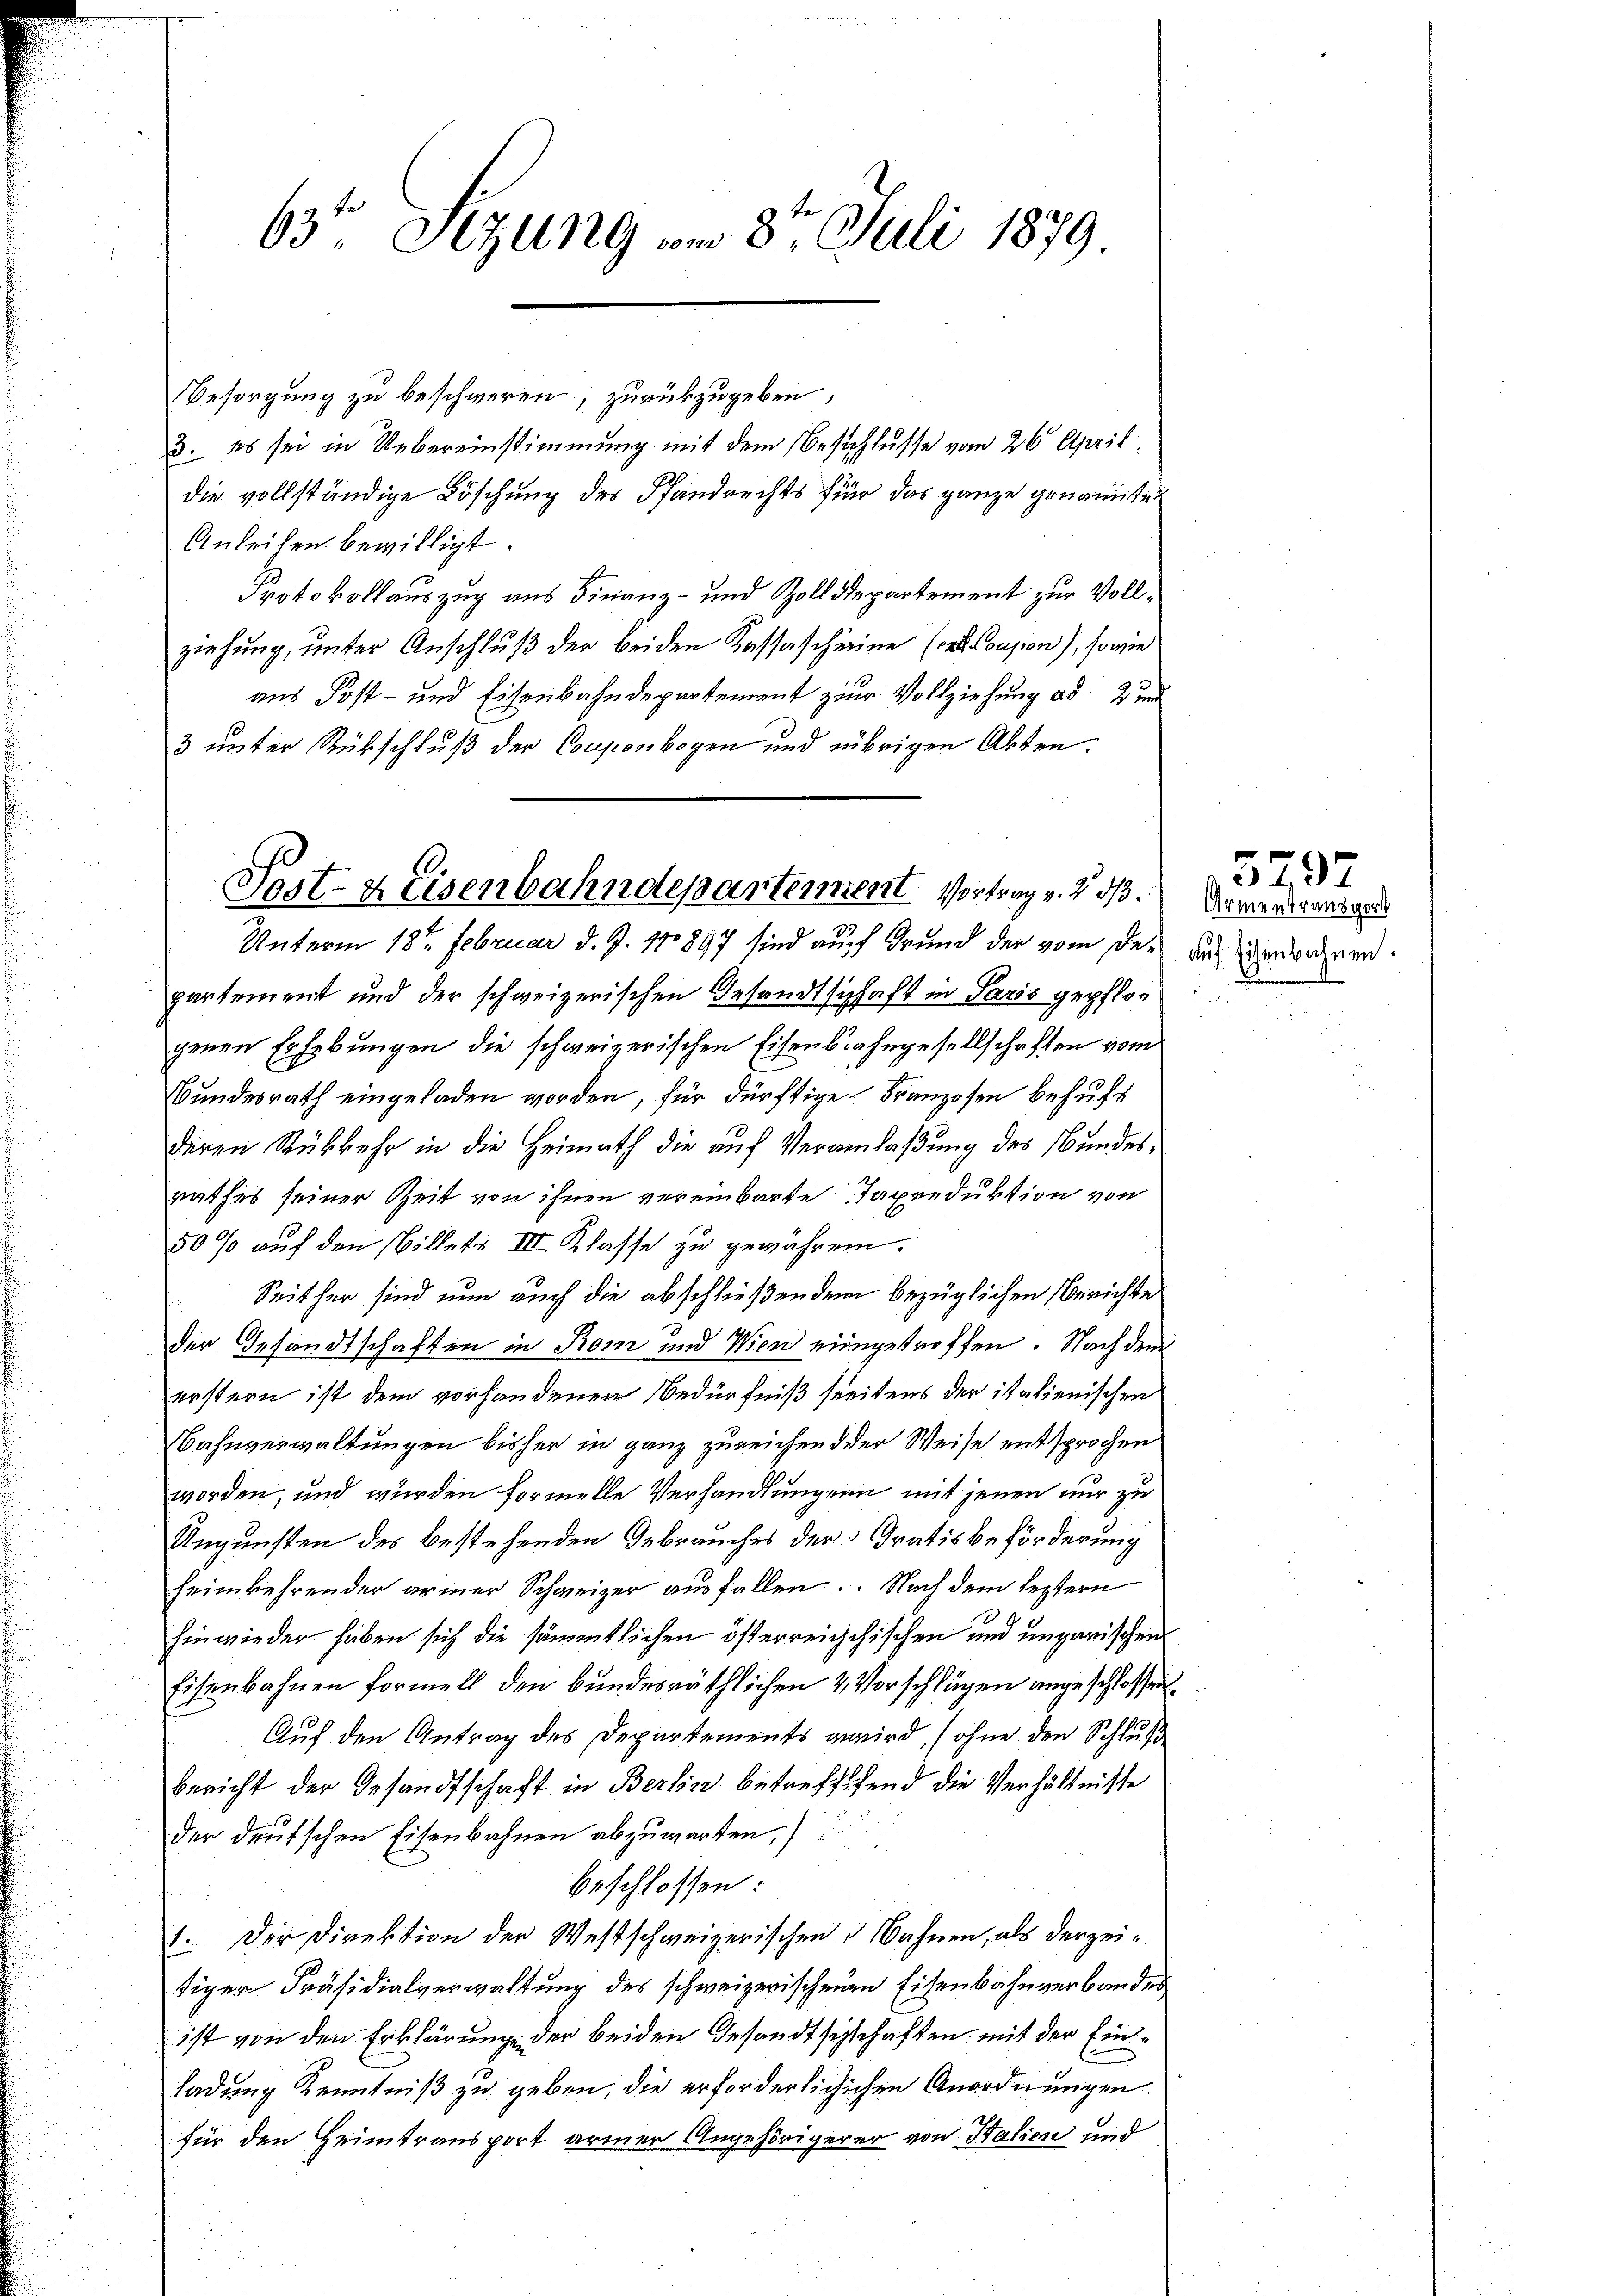
63t Setzung vom 8ten Juli 1879

3. es sei in Uebereinstimmung mit dem Beschlusse vom 26. April
die vollständige Löschung des Pfandrechts für das ganze genannten
Anleihen bewilligt.
Protokollauszug aus Finanz- und Zolldepartement zur Vollziehung, unter Anschluß der beiden Kassascheine (in Cousion), sowie
aus Post- und Eisenbahndepartement zur Vollziehung ad 2 und
3 unter Rückschluß der Couponbogen und übrigen Akten.

Besorgung zu beschweren, zurükzugeben,

Post-Keisenbahndepartement Vortrag v. 2. ds.
Unterm 18ten Februar d. J. 170897 sind auf Grund der vom der aus verwehren

genen Erhebungen die schweizerischen Eisenbahngesellschaften vom
Bundesrath eingeladen worden, für dürftige Franzosen behufs
deren Rükkehr in die Heimath die auf Veranlaßung des Bundesrathes seiner Zeit von ihnen vereinbarte Taxreduktion von
50% auf den Billets III Klasse zu gewähren.
Seither sind nun auch die abschließendem bezüglichen Berichte
der Gesandtschaften in Rom und Wien eingetroffen. Nach dem
erstern ist dem vorhandenen Bedürfniß seitens der italienischen
Bahnverwaltungen bisher in ganz zureichend der Weise entsprochen
worden, und wurden formelle Verhandlungen mit jenen nur zu
Ungunsten des bestehenden Gebrauches der Gratis beförderung
heimkehrender armer Schweizer ausfallen. Nach dem leztern
hinwieder haben sich die sämmtlichen österreichchischen und ungarischen
Eisenbahnen formell den bundesräthlichen & Vorschlägen angeschlossen.
Auf den Antrag des Departements wird, ohne den Schluß
bericht der Gesandtschaft in Berlin betreffigend die Verhältnisse
der deutschen Eisenbahnen abzuwarten,
beschlossen:
1. Der Direktion der Westschweizerischen & Bahnen, als derzeitiger Präsidialverwaltung des schweizerischenen Eisenbahnverbandes
ist von den Erklärung der beiden Gesandtschschaften mit der Einladung Kenntniß zu geben, die erforderlichischen Anordnungen
für den Heimtransport armer Angehörigerer von Salien und

partement und der schweizerischen Gesandtschaft in Paris gepflor

Armentransport

5797